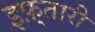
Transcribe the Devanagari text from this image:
इफ़्तारी